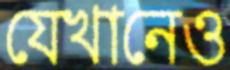
যেখানেও